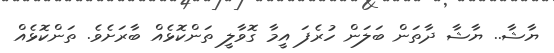
ޔާޝާ.. ޔާޝާ ދާތަން ބަލަން ހުރެފަ އީމާ ގޮވާލީ ތަންކޮޅެއް ބާރަށެވެ. ތަންކޮޅެއް